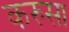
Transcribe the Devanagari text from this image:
करुसा